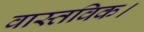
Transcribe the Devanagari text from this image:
वास्तविक।